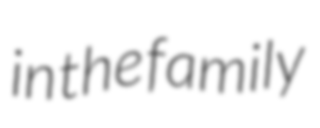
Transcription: in the family